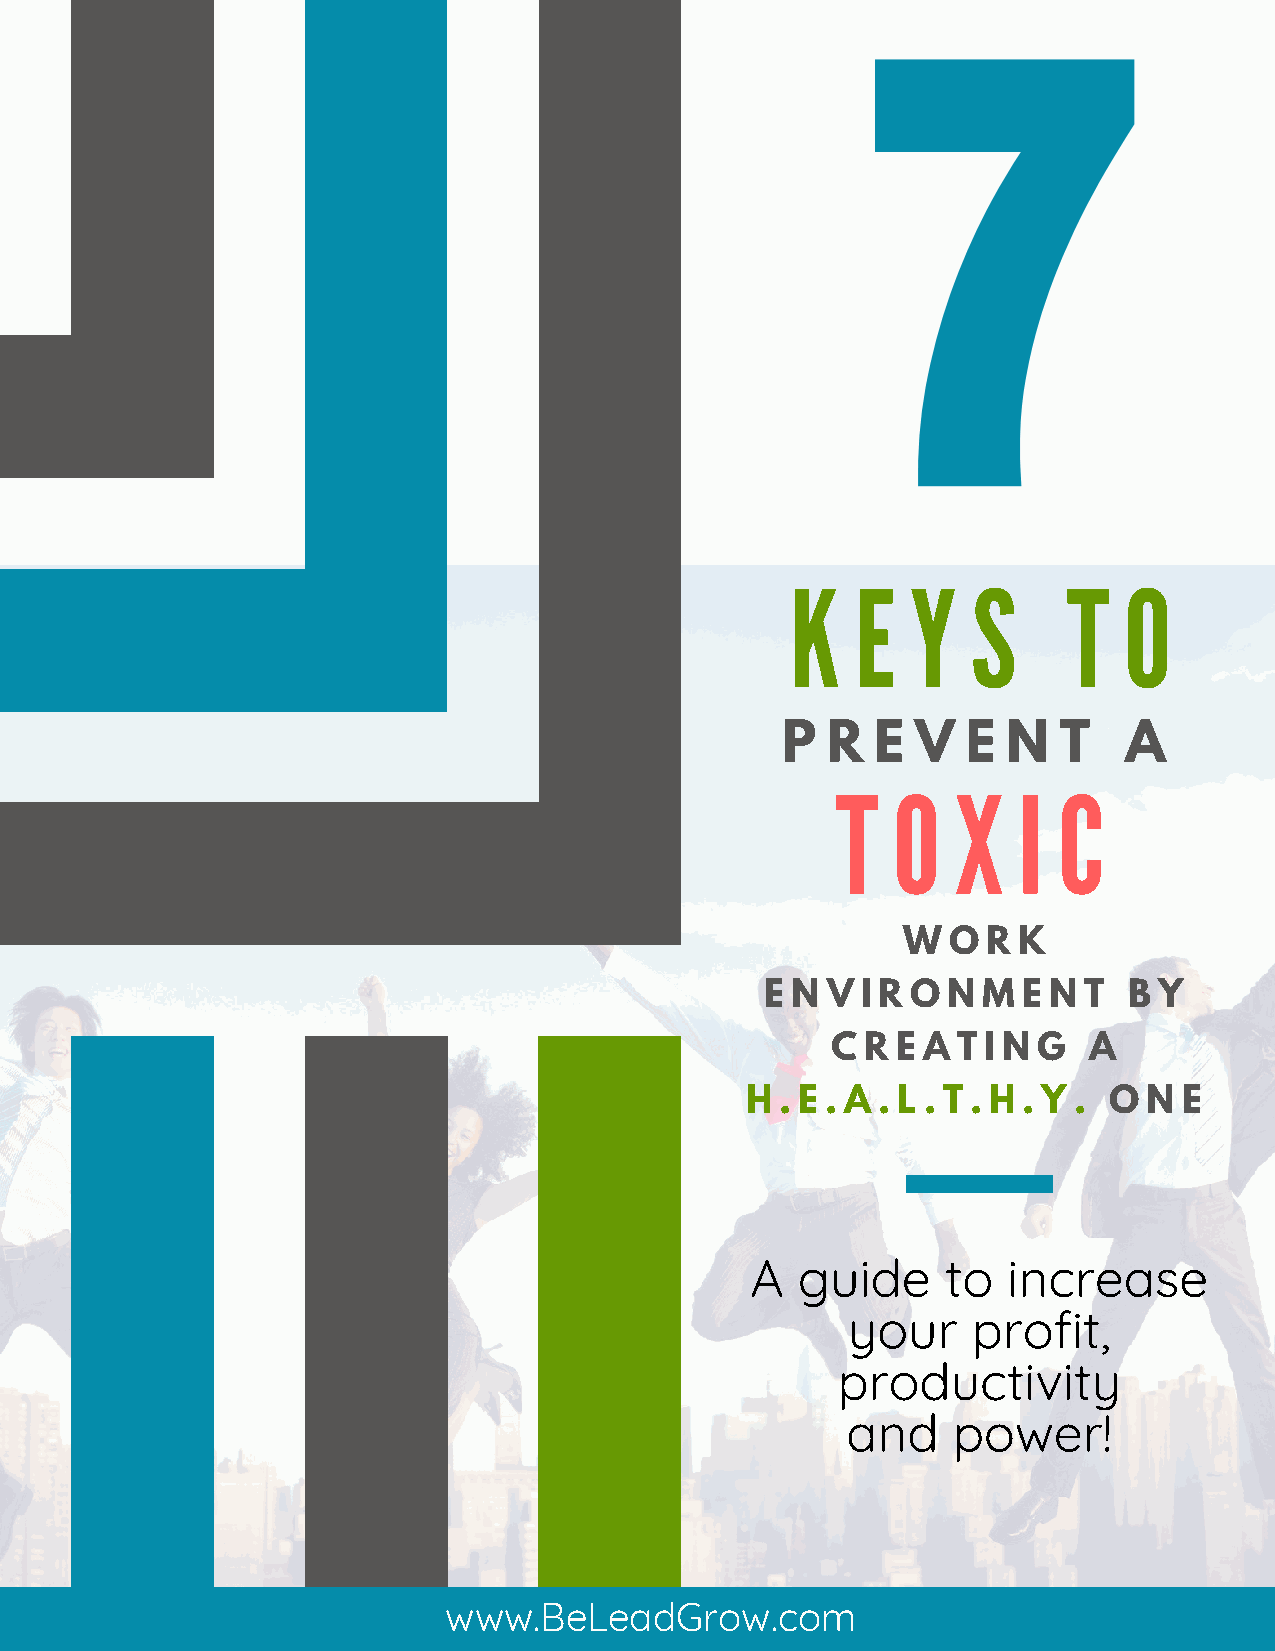
K    E  Y   S      T  O
 P  R  E  V  E  N  T   A
 T   O   X   I  C
 W  O R K
 E N V I R O N M  E N T  B Y
 C R E A T I N G  A
 H  . E . A . L . T . H . Y . O N E
 A  guide     to  increase
 your    profit,
 productivity
 and    power!
 www.BeLeadGrow.com